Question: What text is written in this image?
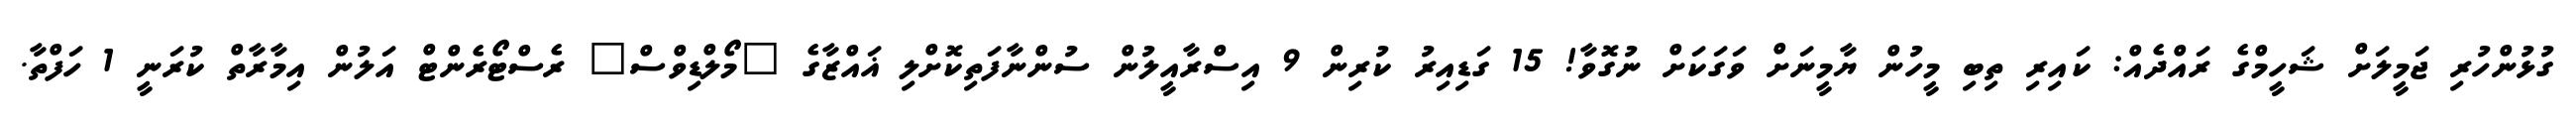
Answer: ގުޅުންހުރި ޖަމީލަށް ޝަހީމްގެ ރައްދެއް: ކައިރި ތިބި މީހުން ޔާމީނަށް ވަގަކަށް ނުގޮވާ! 15 ގަޑިއިރު ކުރިން 9 އިސްރާއީލުން ސުންނާފަތިކޮށްލި ޣައްޒާގެ "މޯލްޑިވްސް" ރެސްޓޯރެންޓް އަލުން އިމާރާތް ކުރަނީ 1 ހަފްތާ.